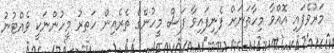
މަރުވެފައި އޮއްވާ މިހާތަނަށް ފެނިފައިވާ ފަސް މީހުންގެ ތެރެއިން ހަަތރު މީހުންނަކީ ވެއްޓުނު